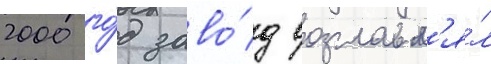
2000 го́д заво́д возглавл'я́л